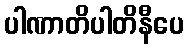
ပါဏာတိပါတိနီပေ